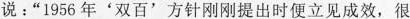
说：“1956年'双百'方针刚刚提出时便立见成效.很